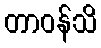
တာဝန်သိ